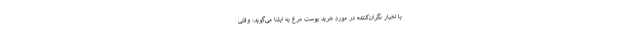
با اخبار نگران‌کننده در مورد خرید پوست مرغ به ایلنا می‌گوید: وقتی